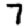
Digit: 7